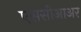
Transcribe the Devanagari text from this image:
एससीआअर